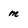
Character: m